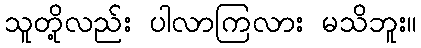
သူတို့လည်း ပါလာကြလား မသိဘူး။